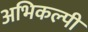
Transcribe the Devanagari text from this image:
अभिकल्पी